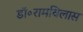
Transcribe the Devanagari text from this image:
डॉ॰रामविलास